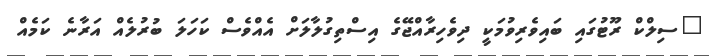
"ސިލްކް ރޫޓުގައި ބައިވެރިވުމަކީ ދިވެހިރާއްޖޭގެ އިސްތިގުލާލަށް އެއްވެސް ކަހަލަ ބުރުލެއް އަރާނެ ކަމެއް